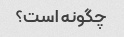
چگونه است؟